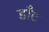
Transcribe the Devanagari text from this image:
डॉँट